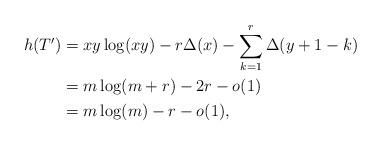
LaTeX: \begin{align*} h(T')&=xy \log(xy) - r \Delta(x) -\sum_{k=1}^{r} \Delta(y+1-k)\\ &= m\log(m+r) -2r -o(1)\\ &= m\log(m)-r-o(1), \end{align*}